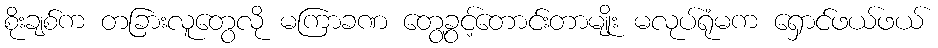
စိုးချစ်က တခြားလူတွေလို မကြာခဏ တွေ့ခွင့်တောင်းတာမျိုး မလုပ်ရုံမက ရှောင်ဖယ်ဖယ်